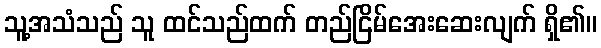
သူ့အသံသည် သူ ထင်သည်ထက် တည်ငြိမ်အေးဆေးလျက် ရှိ၏။